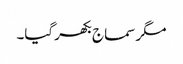
مگر سماج بکھر گیا۔